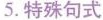
5.特殊句式